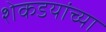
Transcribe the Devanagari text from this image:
शेकडयांच्या